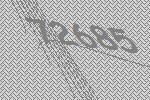
72685